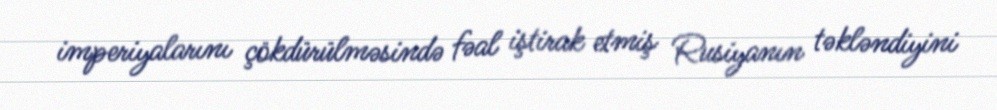
imperiyalarını çökdürülməsində fəal iştirak etmiş Rusiyanın təkləndiyini